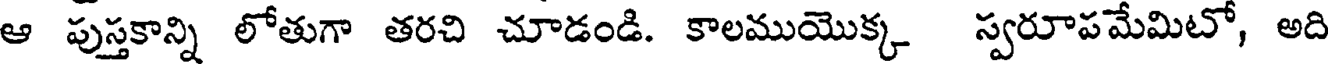
ఆ పుస్తకాన్ని లోతుగా తరచి చూడండి. కాలముయొక్క స్వరూపమేమిటో, అది